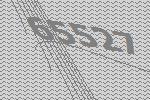
65527